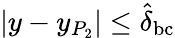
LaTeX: |y-y_{P_{2}}|\leq\hat{\delta}_{\mathrm{bc}}